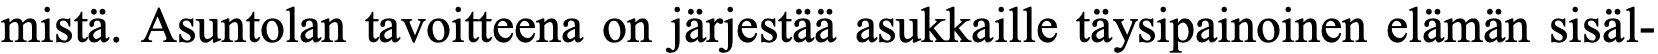
mistä. Asuntolan tavoitteena on järjestää asukkaille täysipainoinen elämän sisäl-